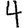
Digit: 4